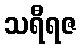
သရီရဇ